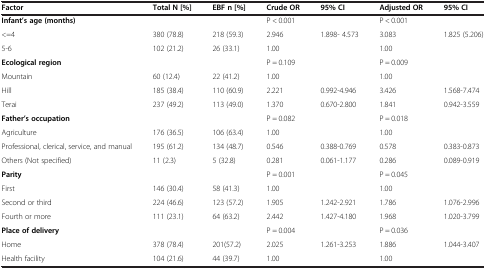
| Factor | Total N [%] | EBF n [%] | Crude OR | 95% CI | Adjusted OR | 95% CI |
 | --- | --- | --- | --- | --- | --- | --- |
 | Infant’s age (months) |  |  | P < 0.001 |  | P < 0.001 |  |
 | <=4 | 380 (78.8) | 218 (59.3) | 2.946 | 1.898- 4.573 | 3.083 | 1.825 (5.206) |
 | 5-6 | 102 (21.2) | 26 (33.1) | 1.00 |  | 1.00 |  |
 | Ecological region |  |  | P = 0.109 |  | P = 0.009 |  |
 | Mountain | 60 (12.4) | 22 (41.2) | 1.00 |  | 1.00 |  |
 | Hill | 185 (38.4) | 110 (60.9) | 2.221 | 0.992-4.946 | 3.426 | 1.568-7.474 |
 | Terai | 237 (49.2) | 113 (49.0) | 1.370 | 0.670-2.800 | 1.841 | 0.942-3.559 |
 | Father’s occupation |  |  | P = 0.082 |  | P = 0.018 |  |
 | Agriculture | 176 (36.5) | 106 (63.4) | 1.00 |  | 1.00 |  |
 | Professional, clerical, service, and manual | 195 (61.2) | 134 (48.7) | 0.546 | 0.388-0.769 | 0.578 | 0.383-0.873 |
 | Others (Not specified) | 11 (2.3) | 5 (32.8) | 0.281 | 0.061-1.177 | 0.286 | 0.089-0.919 |
 | Parity |  |  | P = 0.001 |  | P = 0.045 |  |
 | First | 146 (30.4) | 58 (41.3) | 1.00 |  | 1.00 |  |
 | Second or third | 224 (46.6) | 123 (57.2) | 1.905 | 1.242-2.921 | 1.786 | 1.076-2.996 |
 | Fourth or more | 111 (23.1) | 64 (63.2) | 2.442 | 1.427-4.180 | 1.968 | 1.020-3.799 |
 | Place of delivery |  |  | P = 0.004 |  | P = 0.036 |  |
 | Home | 378 (78.4) | 201(57.2) | 2.025 | 1.261-3.253 | 1.886 | 1.044-3.407 |
 | Health facility | 104 (21.6) | 44 (39.7) | 1.00 |  | 1.00 |  |